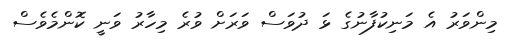
މިންވަރު އެ މަނިކުފާނުގެ ޅަ ދުވަސް ވަރަށް ވުރެ މިހާރު ވަނީ ކޮންމެވެސް